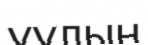
уулын